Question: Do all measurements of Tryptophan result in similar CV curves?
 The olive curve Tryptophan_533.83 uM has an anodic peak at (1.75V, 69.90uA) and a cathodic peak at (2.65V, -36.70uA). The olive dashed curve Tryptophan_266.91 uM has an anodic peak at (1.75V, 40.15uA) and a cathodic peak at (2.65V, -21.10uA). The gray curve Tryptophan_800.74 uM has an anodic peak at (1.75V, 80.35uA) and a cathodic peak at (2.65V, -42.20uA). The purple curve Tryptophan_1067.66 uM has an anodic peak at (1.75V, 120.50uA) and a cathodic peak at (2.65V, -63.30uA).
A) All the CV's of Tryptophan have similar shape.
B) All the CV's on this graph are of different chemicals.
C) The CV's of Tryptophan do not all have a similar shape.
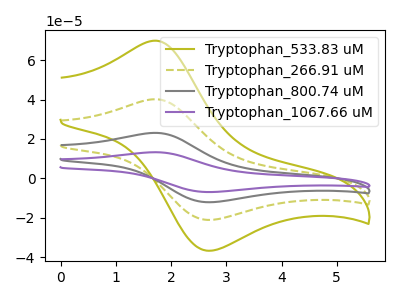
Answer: <think>All the peaks in "Tryptophan_533.83 uM" have a peak in "Tryptophan_266.91 uM" at the same potential. Every peak in "Tryptophan_533.83 uM" is higher than every peak in "Tryptophan_266.91 uM". All the peaks in "Tryptophan_533.83 uM" have a peak in "Tryptophan_800.74 uM" at the same potential. Every peak in "Tryptophan_533.83 uM" is lower than every peak in "Tryptophan_800.74 uM". All the peaks in "Tryptophan_533.83 uM" have a peak in "Tryptophan_1067.66 uM" at the same potential. Every peak in "Tryptophan_533.83 uM" is lower than every peak in "Tryptophan_1067.66 uM". All the peaks in "Tryptophan_266.91 uM" have a peak in "Tryptophan_800.74 uM" at the same potential. Every peak in "Tryptophan_266.91 uM" is lower than every peak in "Tryptophan_800.74 uM". All the peaks in "Tryptophan_266.91 uM" have a peak in "Tryptophan_1067.66 uM" at the same potential. Every peak in "Tryptophan_266.91 uM" is lower than every peak in "Tryptophan_1067.66 uM". All the peaks in "Tryptophan_800.74 uM" have a peak in "Tryptophan_1067.66 uM" at the same potential. Every peak in "Tryptophan_800.74 uM" is lower than every peak in "Tryptophan_1067.66 uM".
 </think>
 <answer>A) All the CV's of "Tryptophan" have similar shape.</answer>
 <eval>A</eval>